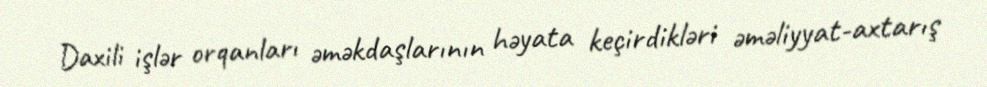
Daxili işlər orqanları əməkdaşlarının həyata keçirdikləri əməliyyat-axtarış